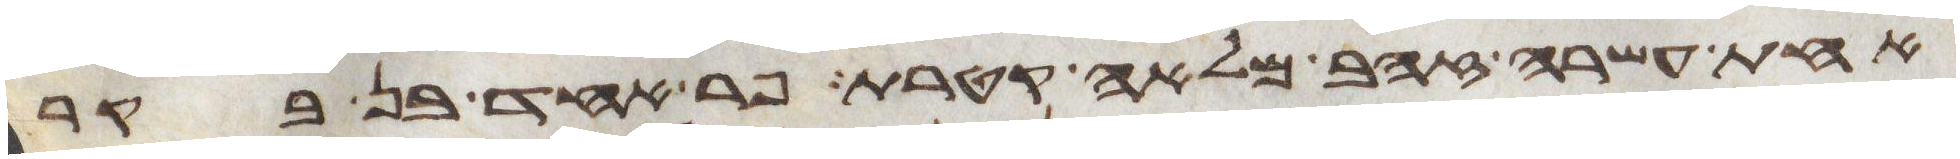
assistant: אחת עשרה זהב מלאה קטרת פר אחד בן בקר